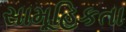
સામૂહિકતા